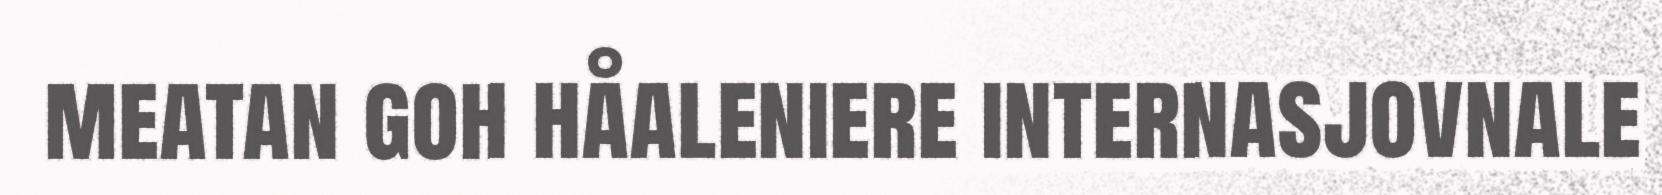
meatan goh håaleniere internasjovnale